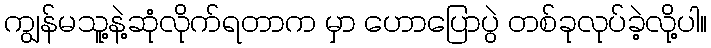
ကျွန်မသူ့နဲ့ဆုံလိုက်ရတာက မှာ ဟောပြောပွဲ တစ်ခုလုပ်ခဲ့လို့ပါ။